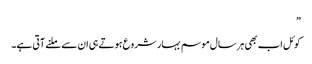
”
کوئل اب بھی ہر سال موسم بہار شروع ہوتے ہی ان سے ملنے آتی ہے۔